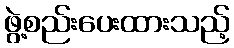
ဖွဲ့စည်းပေးထားသည့်